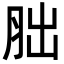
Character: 胐